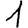
Digit: 1